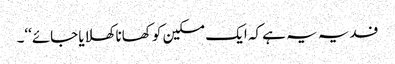
فدیہ یہ ہے کہ ایک مسکین کو کھانا کھلایا جائے‘‘۔